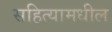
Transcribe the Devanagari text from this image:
सहित्यामधील